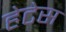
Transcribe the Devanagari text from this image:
हेटेस